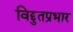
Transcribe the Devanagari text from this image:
विद्दुतप्रभार